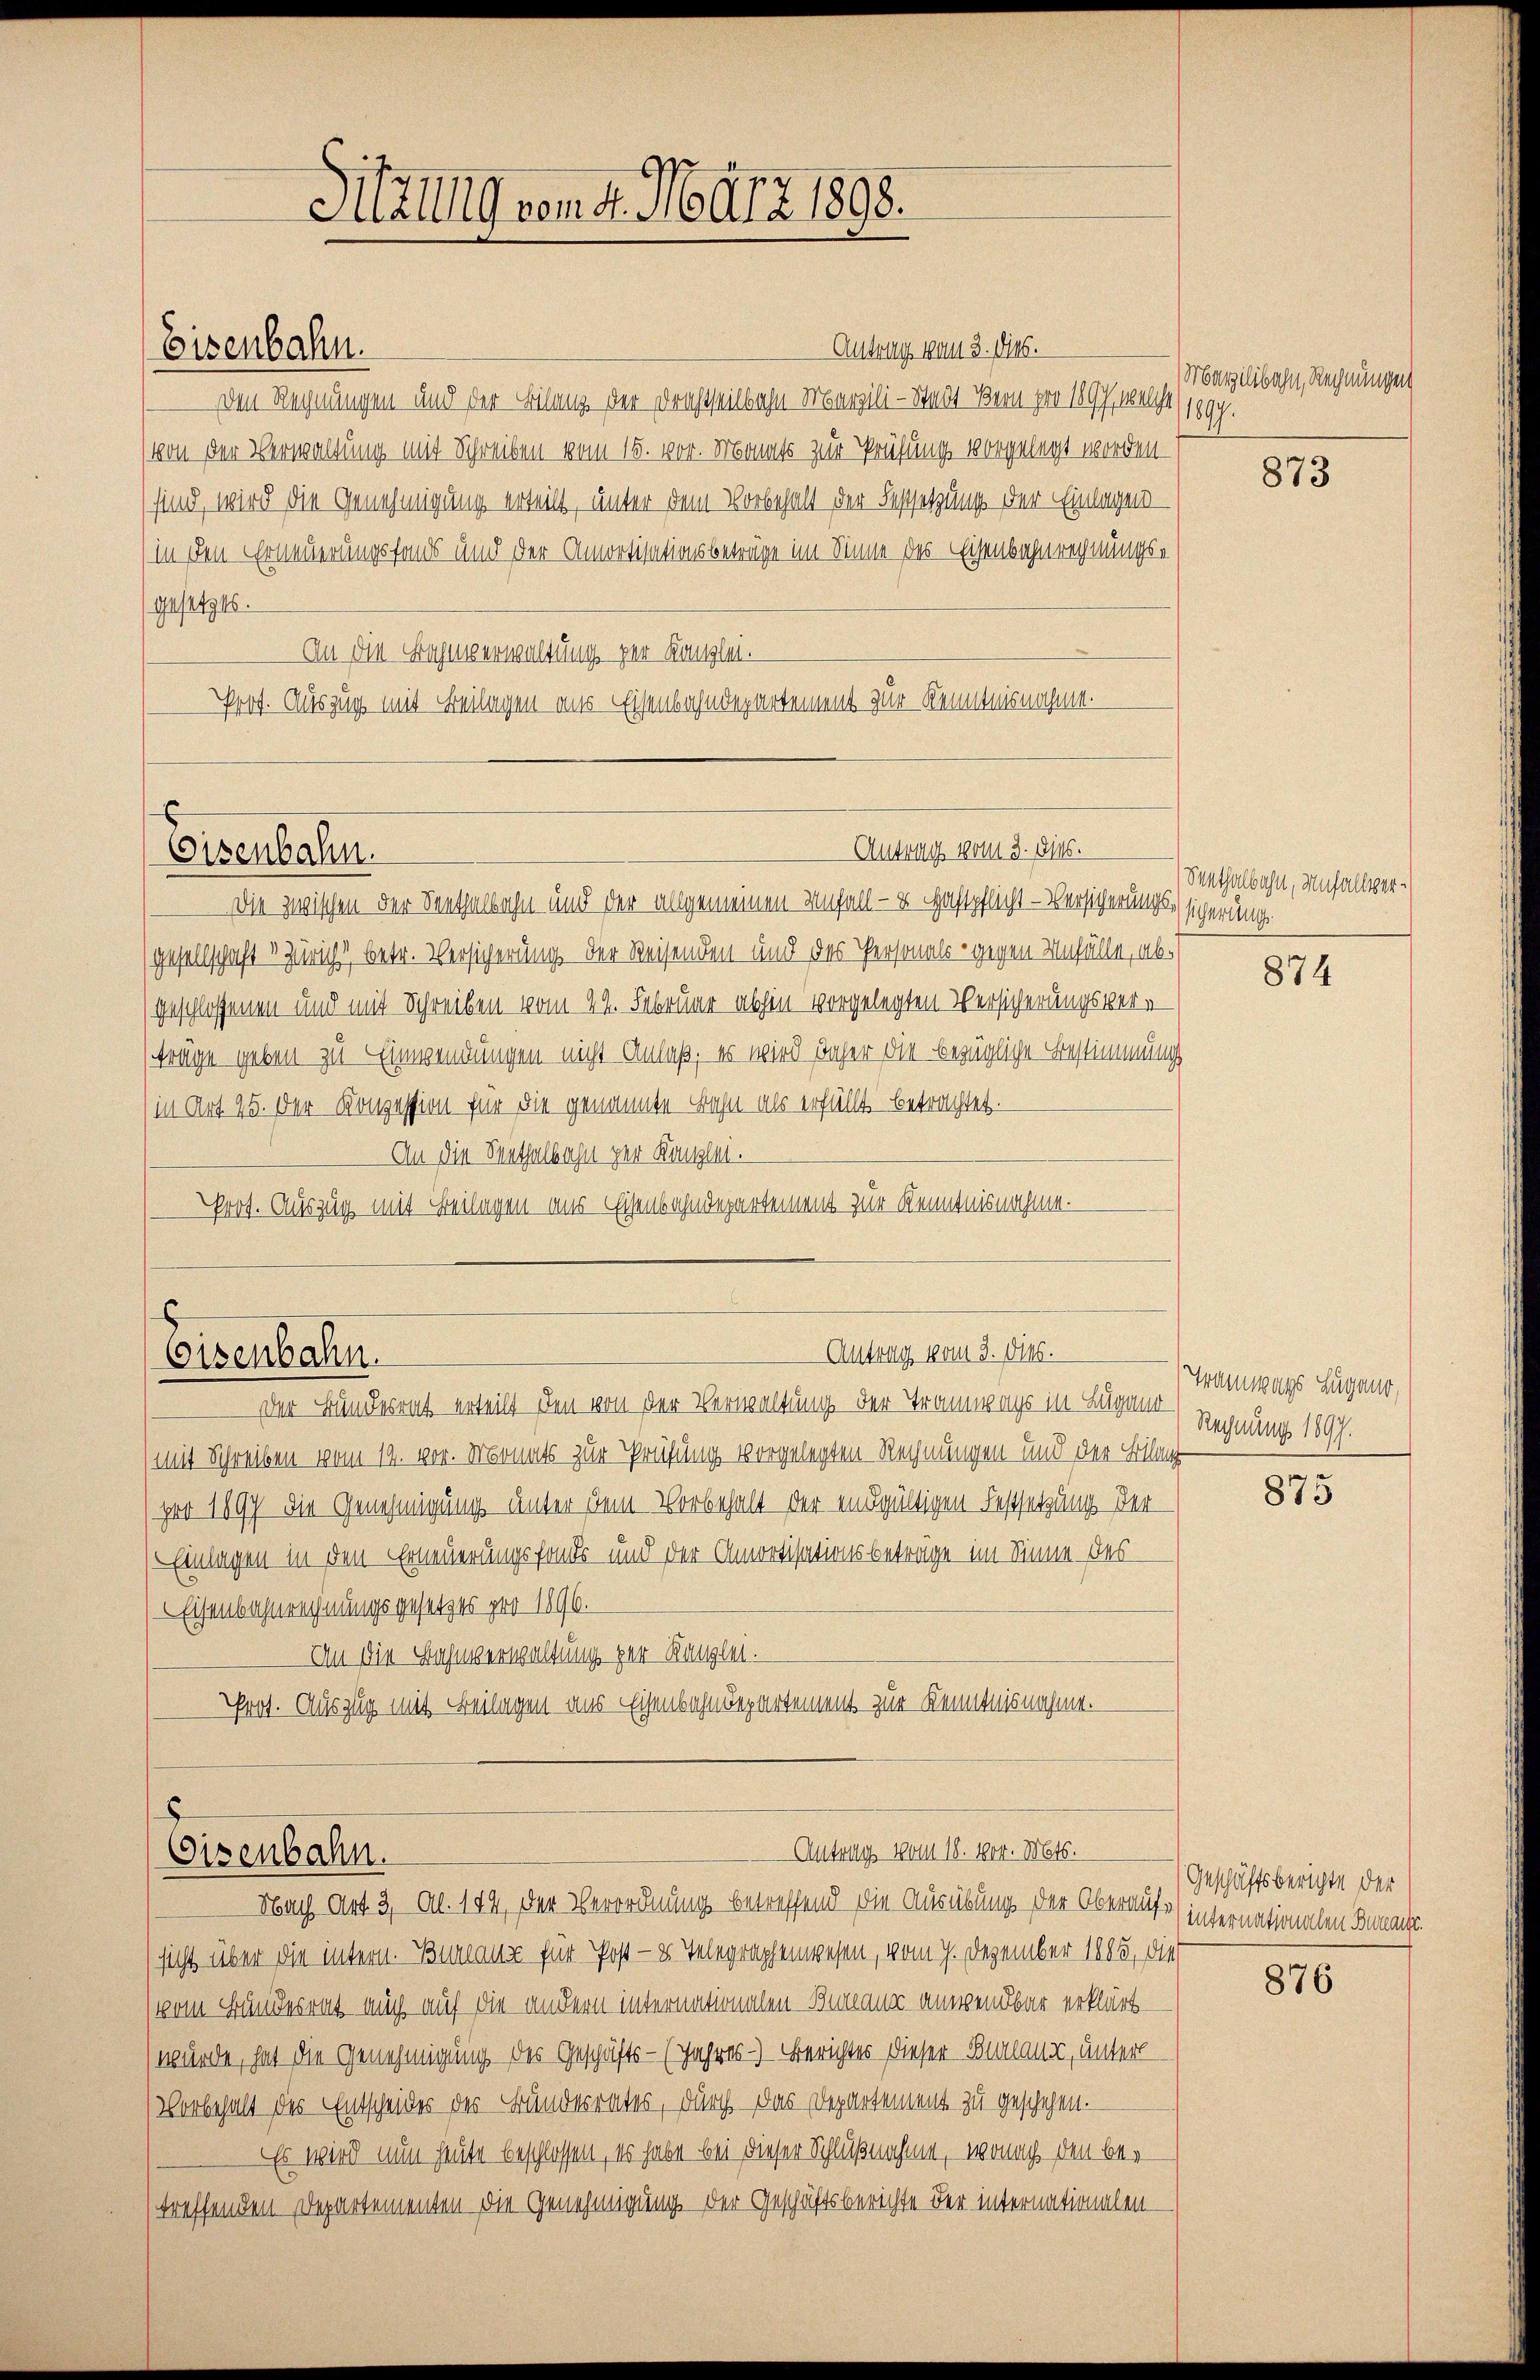
Eisenbahn.

Antrag vom 3. 146.
Den Rechnungen und der Bilanz der Drachtheilbahn Marzili-Stadt Bern pro 1897, welche (1899.
von der Verwaltung mit Schreiben vom 15. vor. Monats zur Prüfung vorgelegt worden.
sind, wird die Genehmigung erteilt, unter dem Vorbehalt der Festsetzung der Einlagen
(in den Erneuerungsfonds und der Amortisationsbeträge im Sinne des Eisenbahnrechnungs¬
94/21946.
An die Bahnverwaltung per Kanzlei.
Prot. Auszug mit Beilagen aus Eisenbahndepartement zur Kenntnisnahme.

Eisenbahn.

Sitzung vom 4. März 1898.

Antrag vom 3. Dies

Die zwischen der Senthalbahn und der allgemeinen Unfall - u. Haftpflicht - Versicherungs- sicherung
gesellschaft 3 Züricht betr. Versicherung der Reisenden und des Personals gegen Unfälle, abgeschlossenen und mit Schreiben vom 22. Februar abhin vorgelegten Versicherungsvere
träge geben zu Einwendungen nicht Anlaß, es wird daher die bezügliche Bestimmung
in Art. 25. Der Konzession für die genannte Bahn als erfüllt, betrachtet.
 An die Senthalbahn zur Kanzlei.
Prot. Auszug mit Beilagen aus Eisenbahndepartement zur Kenntnisnahme.

Der Bundesrat erteilt den von der Verwaltung der Tramwags in Lugano
mit Schreiben vom 14. vor. Monats zur Prüfung vorgelegten Rechnungen und der Bilanz
per 1897 die Genehmigung unter dem Vorbehalt der endgültigen Festsetzung der
Einlagen in den Erneuerungsfonds und der Amortisationsbeträge im Sinne des
Eisenbahnrechnungsgesetzes pro 1896.
An die Bahnverwaltung zur Kanzlei.
Prof. Auszug mit Beilagen aus Eisenbahndepartement zur Kenntnisnahme.

s
Antrag vom 3. ds.
Eisenbahn.

8
 Antrag vom 18. 100. Mts.
Eisenbahn.
Nach Art. 3, Al. 149, den Verordnung betreffend die Ausübung der Oberaufs internationalen Beacht.

(sicht über die intern. Burlause für Post - es Telegraphenwesen, vom 7. Dezember 1885, die
(vom Bundesrat mich auf die andern internationalen - Bemann anwendbar erklärt
(würde, hat die Genehmigung des Geschäfts- (Jahres-) Berichtes dieser Belaus, unter
Vorbehalt des Entscheides des Bundesrates, durch das Departement zu geschehen.
EEs wird nun heute beschlossen, es habe bei dieser Schlußnahme, wonach den bei
treffenden Departementen die Genehmigung der Geschäftsberichte der internationalen¬

Marzilibahn, Rechnungen

873

Senthalbahn, Unfallsver¬

874

Tramwags Lugano,
Rechnung 1897.

875

Geschäftsberichte der

876